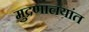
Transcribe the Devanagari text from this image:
मुद्रणालयांत